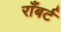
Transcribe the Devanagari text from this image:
राँबर्ट